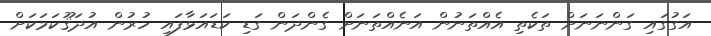
އަގުގައި ގަންނަނަށް ތަކެތި އެއްތަނުން އަނެއްތަނަށް ގެންދަން ގަޑި ކަޑައަޅާފައި ހުރުން އުދަޤޫކަމަކަށް